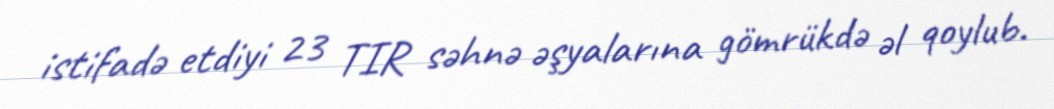
istifadə etdiyi 23 TIR səhnə əşyalarına gömrükdə əl qoylub.